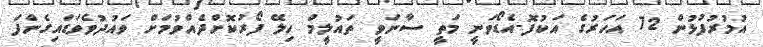
އުމުރުފުޅުން 72 އަހަރުގެ އަކުފޮ-އެޑޯވަނީ މަތީ ސާނަވީ ތައުލީމް ހިލޭ ފޯރުކޮށްދެއްވުމަށް ވައުދުވެވަޑައިގެންފަ